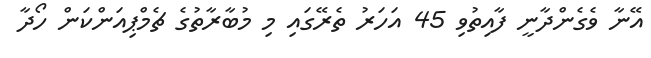
އޭނާ ވެގެންދާނީ ފާއިތުވި 45 އަހަރު ތެރޭގައި މި މުބާރާތުގެ ޗެމްޕިއަންކަން ހޯދާ